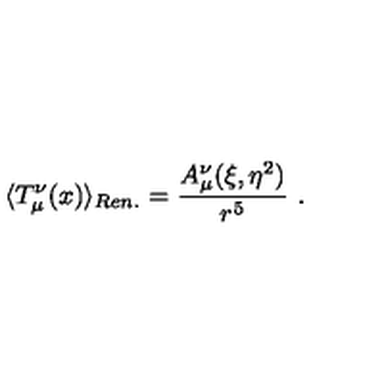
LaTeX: \langle T _ { \mu } ^ { \nu } ( x ) \rangle _ { R e n . } = \frac { A _ { \mu } ^ { \nu } ( \xi , \eta ^ { 2 } ) } { r ^ { 5 } } \ .